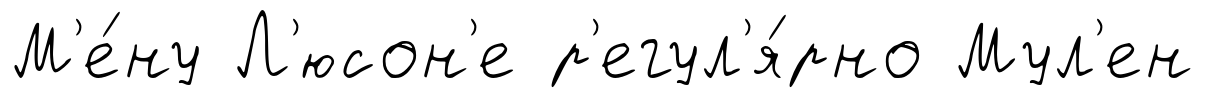
М'е́ну Л'юсон'е р'егул'я́рно Мул'ен